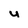
Character: y